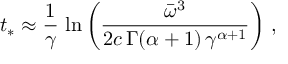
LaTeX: t _ { * } \approx \frac { 1 } { \gamma } \, \ln \left( \frac { \bar { \omega } ^ { 3 } } { 2 c \, \Gamma ( \alpha + 1 ) \, \gamma ^ { \alpha + 1 } } \right) \, ,